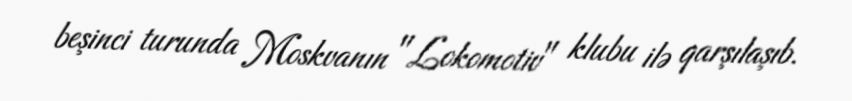
beşinci turunda Moskvanın "Lokomotiv" klubu ilə qarşılaşıb.